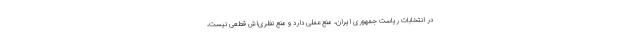
در انتخابات ریاست جمهوری ایران، منع عملی دارد و منع نظری‌اش قطعی نیست،